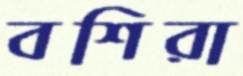
বশিরা